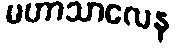
မဟာသာလေန